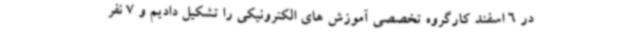
در 6 اسفند کارگروه تخصصی آموزش های الکترونیکی را تشکیل دادیم و 7 نفر